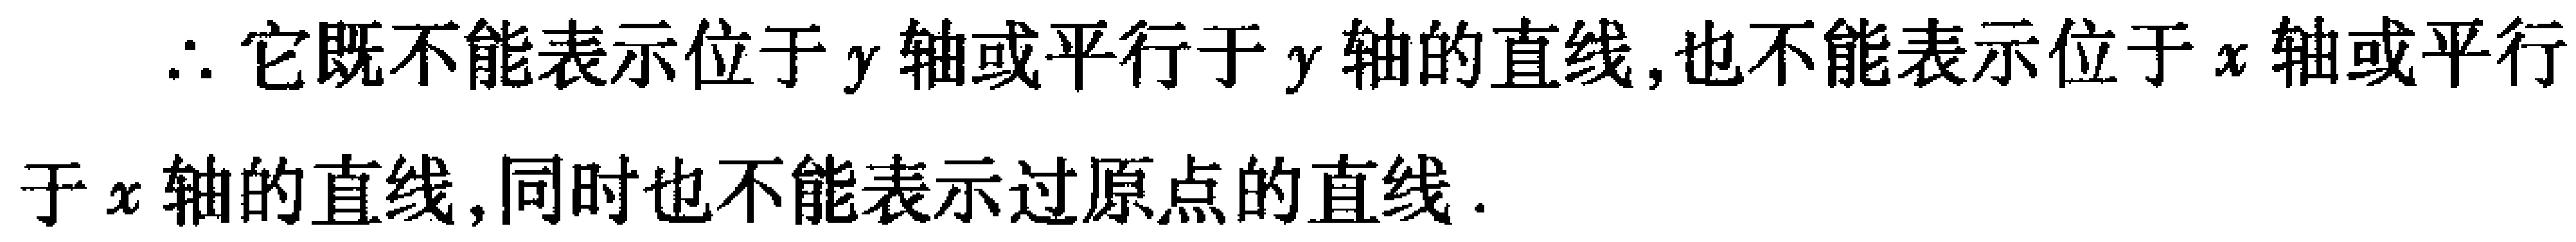
$\therefore$ 它既不能表示位于 $y$ 轴或平行于 $y$ 轴的直线,也不能表示位于 $x$ 轴或平行于 $x$ 轴的直线,同时也不能表示过原点的直线.